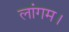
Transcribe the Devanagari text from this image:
लांगम।